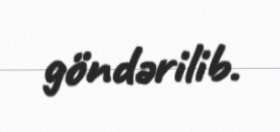
göndərilib.